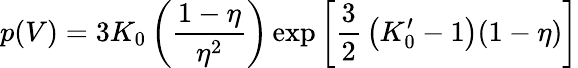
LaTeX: p(V)=3K_{0}\left({\frac{1-\eta}{\eta^{2}}}\right)\exp\left[{\frac{3}{2}}\left(K_{0}^{\prime}-1\right)(1-\eta)\right]